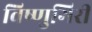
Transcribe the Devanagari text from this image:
विष्णुगिरी